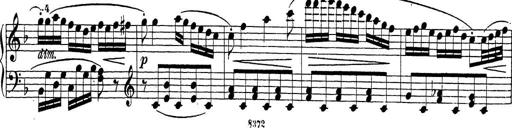
Title: Sonatina Album
Composer: Louis KÃ¶hler